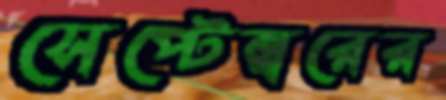
সেপ্টেম্বরের